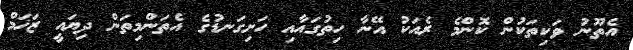
އެތޫނު ވަކިތަކުން ކޮންމެ ރެއަކު އޭނާ ހިތުގައާއި ހަށިގަނޑުގެ އެތަންމިތަން ދިޔައީ ޒަޚަމް